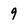
Character: 9